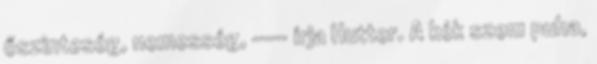
őszinteség, nemesség, --- írja Hutter. A kék szem puha,